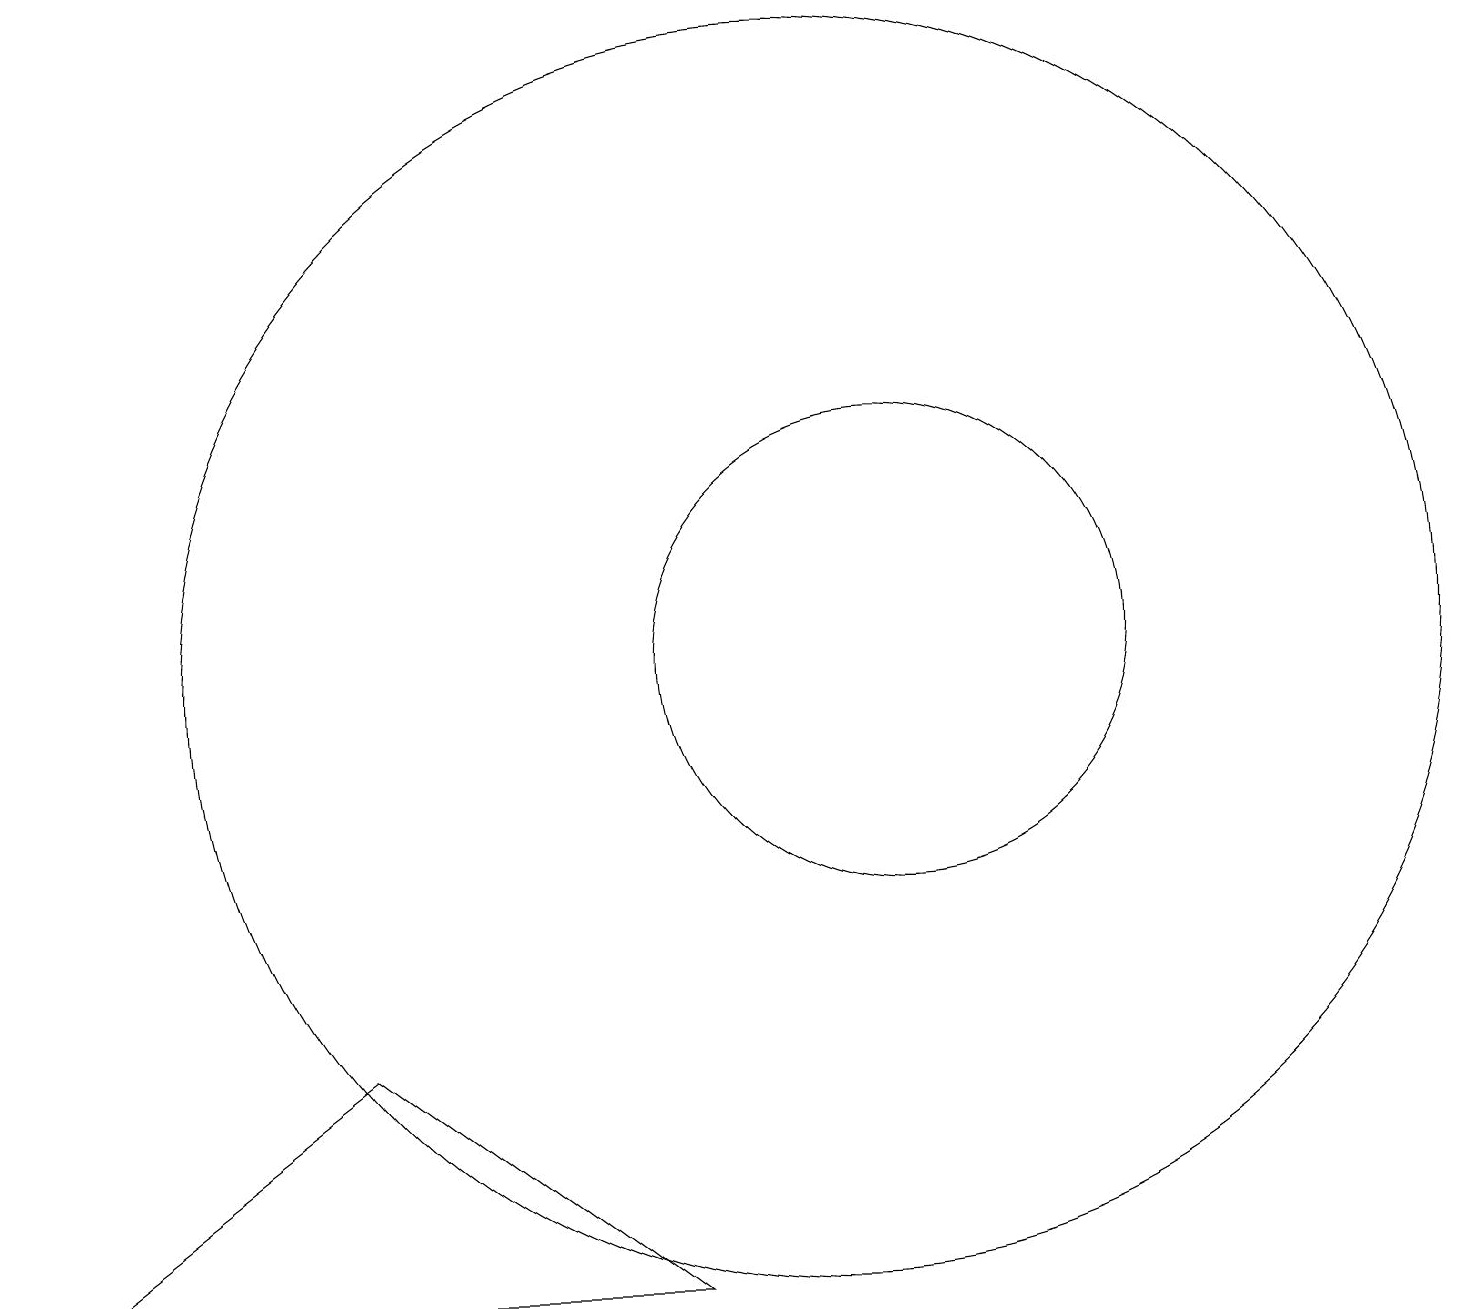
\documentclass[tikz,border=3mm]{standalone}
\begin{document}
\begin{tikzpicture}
\draw (8,3) -- (4,6) -- (0,3) -- cycle;
\draw (10,11) circle (8);
\draw (11,11) circle (3);
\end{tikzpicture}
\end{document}